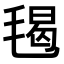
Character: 𣮷